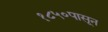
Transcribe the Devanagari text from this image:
१८५०पासून